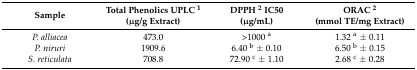
<table><thead><tr><td><b>Sample</b></td><td><b>Total Phenolics UPLC <sup>1</sup> (μg/g Extract)</b></td><td><b>DPPH <sup>2</sup> IC50 (μg/mL)</b></td><td><b>ORAC <sup>2</sup> (mmol TE/mg Extract)</b></td></tr></thead><tbody><tr><td><i>P. alliacea</i></td><td>473.0</td><td>&gt;1000 <sup>a</sup></td><td>1.32 <sup>a</sup> ± 0.11</td></tr><tr><td><i>P. niruri</i></td><td>1909.6</td><td>6.40 <sup>b</sup> ± 0.10</td><td>6.50 <sup>b</sup> ± 0.15</td></tr><tr><td><i>S. reticulata</i></td><td>708.8</td><td>72.90 <sup>c</sup> ± 1.10</td><td>2.68 <sup>c</sup> ± 0.28</td></tr></tbody></table>